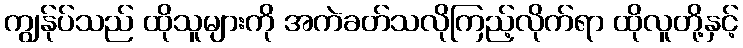
ကျွန်ုပ်သည် ထိုသူများကို အကဲခတ်သလိုကြည့်လိုက်ရာ ထိုလူတို့နှင့်